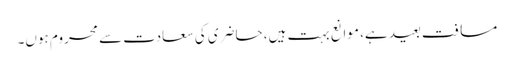
مسافت بعید ہے، موانع بہت ہیں، حاضری کی سعادت سے محروم ہوں۔